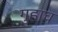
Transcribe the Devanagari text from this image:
गुहाच